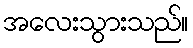
အလေးသွားသည်။